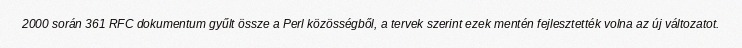
2000 során 361 RFC dokumentum gyűlt össze a Perl közösségből, a tervek szerint ezek mentén fejlesztették volna az új változatot.